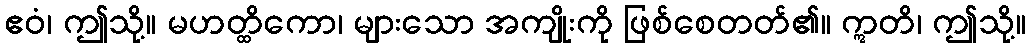
ဧဝံ၊ ဤသို့။ မဟတ္ထိကော၊ များသော အကျိုးကို ဖြစ်စေတတ်၏။ ဣတိ၊ ဤသို့။